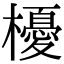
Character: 櫌